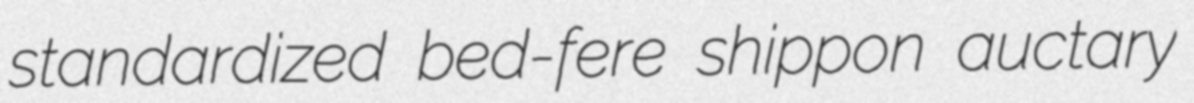
standardized bed-fere shippon auctary